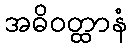
အဓိဝတ္ထာနံ